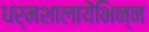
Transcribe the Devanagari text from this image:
धर्मशालायेंभिन्न